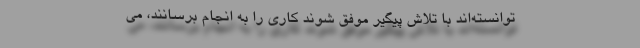
توانسته‌اند با تلاش پیگیر موفق شوند کاری را به انجام برسانند،‌ می